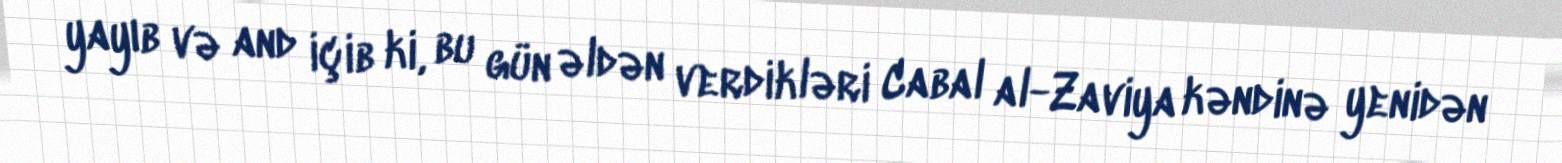
yayıb və and içib ki, bu gün əldən verdikləri Cabal al-Zaviya kəndinə yenidən